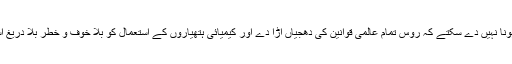
'ہم مزید ایسا ہونا نہیں دے سکتے کہ روس تمام عالمی قوانین کی دھجیاں اڑا دے اور کیمیائی ہتھیاروں کے استعمال کو بلا خوف و خطر بلا دریغ استعمال کرے۔